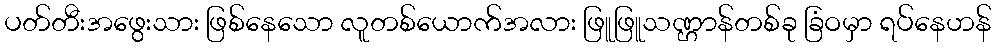
ပတ်တီးအဖွေးသား ဖြစ်နေသော လူတစ်ယောက်အလား ဖြူဖြူသဏ္ဌာန်တစ်ခု ခြံဝမှာ ရပ်နေဟန်